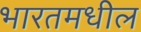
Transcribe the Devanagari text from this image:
भारतमधील